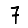
Digit: 7